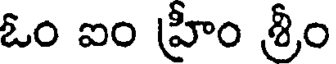
ఓం ఐం హ్రీం శ్రీం